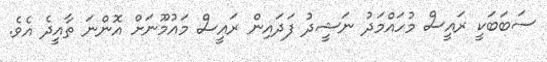
ސަބަބަކީ ރައީސް މުހައްމަދު ނަޝީދު ފަދައިން ރައީސް މައުމޫނަށް އޮންނަ ތާއީދެ އެވެ.